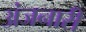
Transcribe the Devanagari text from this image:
अंजनारी